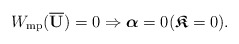
\begin{align*} W_{\rm{mp}}( \overline{ \mathbf{U}})=0\Rightarrow\boldsymbol{\alpha}=0 (\boldsymbol{\mathfrak{K}}=0). \end{align*}